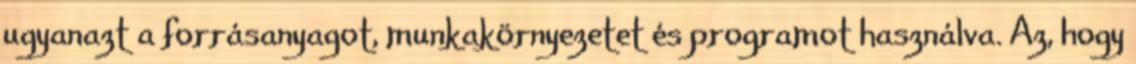
ugyanazt a forrásanyagot, munkakörnyezetet és programot használva. Az, hogy